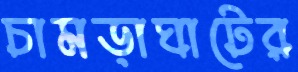
চামড়াঘাটের